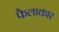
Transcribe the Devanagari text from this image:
फैलाकार